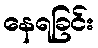
နေရခြင်း